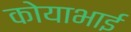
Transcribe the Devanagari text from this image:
कोयाभाई